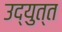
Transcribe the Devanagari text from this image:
उद्युत्त